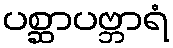
ပစ္ဆာပဗ္ဘာရံ